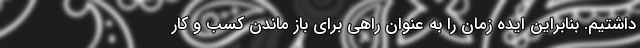
داشتیم. بنابراین ایده زمان را به عنوان راهی برای باز ماندن کسب و کار